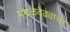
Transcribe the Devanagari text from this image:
मंगळवेढ्याचा